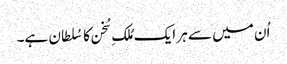
اُن میں سے ہر ایک مُلکِ سُخن کا سُلطان ہے۔